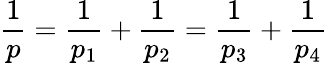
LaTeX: \frac{1}{p}=\frac{1}{p_{1}}+\frac{1}{p_{2}}=\frac{1}{p_{3}}+\frac{1}{p_{4}}